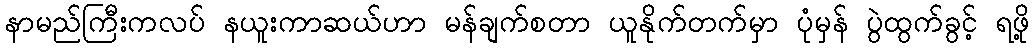
နာမည်ကြီးကလပ် နယူးကာဆယ်ဟာ မန်ချက်စတာ ယူနိုက်တက်မှာ ပုံမှန် ပွဲထွက်ခွင့် ရဖို့